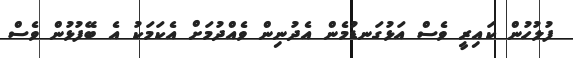
ފުލުހުން ކައިރީ ވެސް އަޅުގަނޑުމެން އެދުނިން ވެއްދުމަށް އެކަމަކު އެ ބޭފުޅުން ވެސް